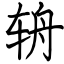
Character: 辀